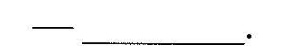
——___.